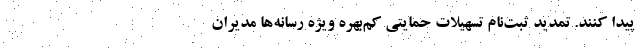
پیدا ‌کنند. تمدید ثبت‌نام تسهیلات حمایتی کم‌بهره ویژه رسانه‌ها مدیران